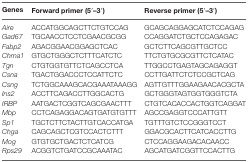
| Genes | Forward primer (5′–3′) | Reverse primer (5′–3′) |
 | --- | --- | --- |
 | Aire | ACCATGGCAGCTTCTGTCCAG | GCAGCAGGAGCATCTCCAGAG |
 | Gad67 | TGCAACCTCCTCGAACGCGG | CCAGGATCTGCTCCAGAGAC |
 | Fabp2 | AGACGGAACGGAGCTCAC | GCTCTTCAGCGTTGCTCC |
 | Chrna1 | GTGCTGGGCTCTTTCATCTC | TTCTGTGCGCGTTCTCATAC |
 | Tgn | CTGTGGTGTTCTCAGCCTCA | TTGGCCTGAGTAGCAGAGGT |
 | Csna | TGACTGGACCCTCCATTCTC | CCTTGATTCTCTCCGCTCAG |
 | Csng | TCTGGCAAAGCACGAAATAAAGG | AGTTGTTTGGAAGAACACGCTA |
 | Ins2 | ACCTTCAGACCTTGGCACTG | GCTGGGTAGTGGTGGGTCTA |
 | IRBP | AATGACTCGGTCAGCGAACTTT | CTGTCACACCACTGGTCAGGAT |
 | Mbp | CCTCAGAGGACAGTGATGTGTTT | AGCCGAGGTCCCATTGTT |
 | Sp1 | TGCTCTTCTACTTGTCACCATGA | TGTTTGTCTCCGGGTCCT |
 | Chga | CAGCAGCTCGTCCACTCTTT | GGACGCACTTCATCACCTTG |
 | Mog | GTGTGCTGACTCTCATCG | CTCCAGGAAGACACAACC |
 | Rps29 | ACGGTCTGATCCGCAAATAC | AGCATGATCGGTTCCACTTG |